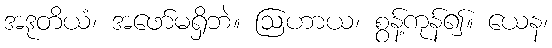
အဒုတိယံ၊ အဖော်မရှိဘဲ။ ဩဟာယ၊ စွန့်ကုန်၍။ ယေန၊